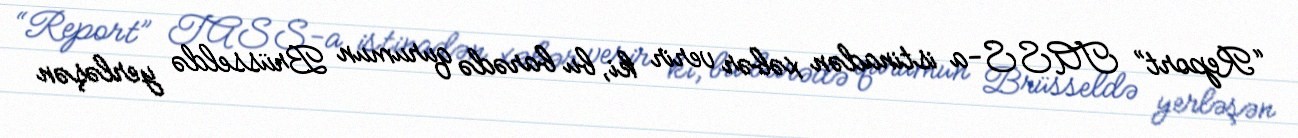
“Report” TASS-a istinadən xəbər verir ki, bu barədə qurumun Brüsseldə yerləşən